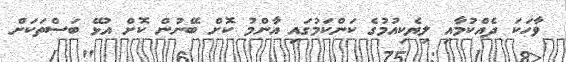
ވާހަކަ ދެއްކުމާއި ލިޔެކިއުމުގެ ކަންކަމުގައި އާންމު ކޮށް ބޭނުން ކޮށް އުޅޭ ބަސްތަކަށް